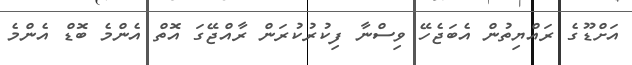
އަށްޑޫގެ ރައްޔިތުން އެބަޖެހޭ ވިސްނާ ފިކުރުކުރަން ރާއްޖޭގަ އޮތް އެންމެ ބޮޑް އެންމެ